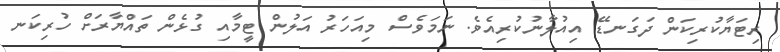
ރިޓަޔާކުރިކަން ދަގަނޑޭ އިއުލާނުކުރިއެވެ. ނަމަވެސް މިއަހަރު އަލުން ޓީމާއި ގުޅެން ތައްޔާރަށް ހުރިކަނ